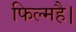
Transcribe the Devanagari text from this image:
फिल्महै।